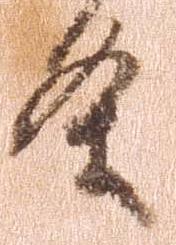
条